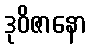
ဒုဝိဇာနော